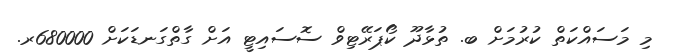
މި މަސައްކަތް ކުރުމަށް ބ. ތުޅާދޫ ކޯޕަރޭޓިވް ސޮސައިޓީ އަށް ގާތްގަނޑަކަށް 680000ރ.